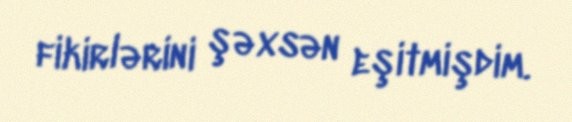
fikirlərini şəxsən eşitmişdim.